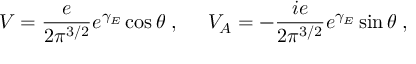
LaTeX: { \cal V } = \frac { e } { 2 \pi ^ { 3 / 2 } } e ^ { \gamma _ { E } } \cos \theta \; , \; \; \; \; \; { \cal V } _ { A } = - \frac { i e } { 2 \pi ^ { 3 / 2 } } e ^ { \gamma _ { E } } \sin \theta \; ,